Report of the Indian Hemp Drugs Commission, 1894-1895 - Volume VII
Year: 1894
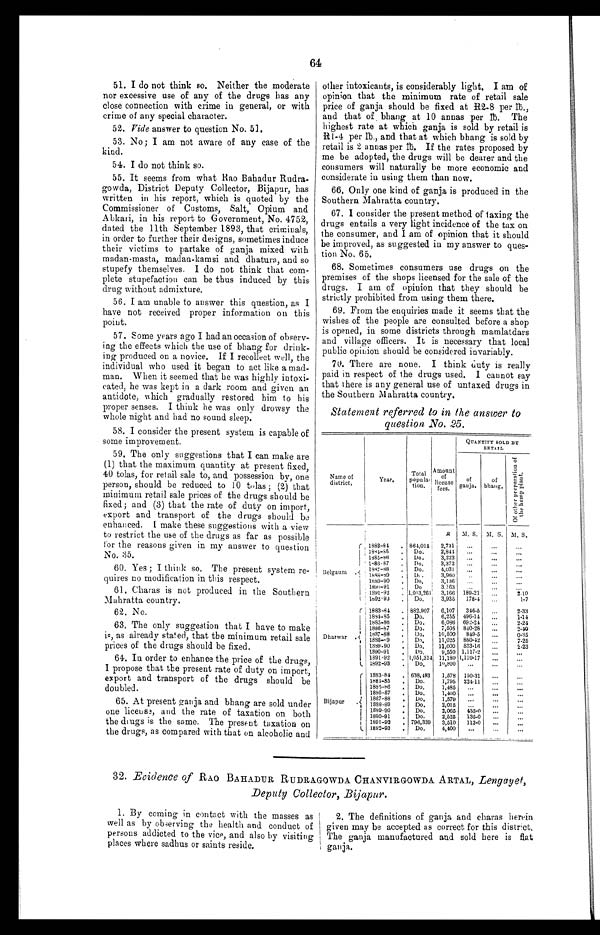
64
51. I do not think so. Neither the moderate
nor excessive use of any of the drugs has any
close connection with crime in general, or with
crime of any special character.
52. Vide answer to question No. 51,
53. No ; I am not aware of any case of the
kind.
54. I do not think so.
55. It seems from what Rao Bahadur Rudra--
gowda, District Deputy Collector, Bijapur, has
written in his report, which is quoted by the
Commissioner of Customs, Salt, Opium and
Abkari, in his report to Government, No. 4752,
dated the 11th September 1893, that criminals,
in order to further their de s igns, sometimes induce
their victims to partake of ganja mixed with
madan-masta, madan-kamsi and dhatura, and so
stupefy themselves. I do not think that com-
-plete stupefaction can be thus induced by this
drug without admixture.
56. I am unable to answer this question, as I
have not received proper information on this
point.
57. Some years ago I had an occasion of observ--
ing the effects which the use of bhang for drink--
ing produced on a novice. If I recollect well, the
individual who used it began to act like a mad--
man. When it seemed that he was highly intoxi--
cated, he was kept in a dark room and given an
antidote, which gradually restored him to his
proper senses. I think he was only drowsy the
whole night and had no sound sleep.
58. I consider the present system is capable of
some improvement.
59. The only suggestions that I can make are
(1) that the maximum quantity at present fixed,
40 tolas, for retail sale to, and possession by, one
person, should be reduced to 10 tolas ; (2) that
minimum retail sale prices of the drugs should be
fixed ; and (3) that the rate of duty on import,
export and transport of the drugs should be
enhanced. [ make t hese suggest i ons wi t h a vi ew
to restrict the use of the drugs as far as possible
for the reasons given in my answer to question
No. 35.
60. Yes ; I think so. The present system re--
quires no modification in this respect.
61. Charas is not produced in the Southern
Mahratta country.
62. No.
63. The only suggestion that I have to make
is, as already stated, that the minimum retail sale
prices of the drugs should be fixed.
64. In order to enhance the price of the drugs,
I propose that the present rate of duty on import,
export and transport of the drugs should be
doubled.
65. At present ganja and bhang are sold under
one license, and the rate of taxation on both
the drugs is the same. The present taxation on
the drugs, as compared with that on alcoholic and
other intoxicants, is considerably light. I am of
opinion that the minimum rate of retail sale
price of ganja should be fixed at R2-8 per lb.,
and that of bhang at 10 annas per lb. The
highest rate at which ganja is sold by retail is
R1-4 per lb., and that at which bhang is sold by
retail is 2 annas per lb. If the rates proposed by
me be adopted, the drugs will be dearer and the
consumers will naturally be more economic and
considerate in using them than now.
66. Only one kind of ganja is produced in the
Southern Mahratta country.
67. I consider the present method of taxing the
drugs entails a very light incidence of the tax on
the consumer, and I am of opinion that it should
be improved, as suggested in my answer to ques-
tion No. 65.
68. Sometimes consumers use drugs on the
premises of the shops licensed for the sale of the
drugs. I am of opinion that they should be
strictly prohibited from using them there.
60. From the enquiries made it seems that the
wishes of the people are consulted before a shop
is opened, in some districts through mamlatdars
and village officers. It is necessary that local
public opinion should be considered invariably.
70. There are none. I think duty is really
paid in respect of the drugs used. I cannot say
that there is any general use of untaxed drugs in
the Southern Mahratta country.
Statement referred to in the answer to
question No. 25.
QUANTITY SOLD BY
RETAIL
Name of
district,
Year,
Total
P°Pula-
tion.
Amount
of
license
fees.
a
au
gja.
of
bhang,`5
0
.0
i
-• m --
.' -' -,
7 8 ,.,'
Belgaurn
.
, 1883-84
,
1881-S5
.
1385-48
.
' 186-87
.
1447-48
.
! 1 .
483-49
s6, -,9
1489-90
.
1890-91
.
139L-92
.
' 1492-93
.
i
864,014 I
Do. ,
Do.
Do.
.
Do.
Do,
Do
'
1,013,261 1
Do.
I
R
2,731
2,844
3,223
3,372
4,03)
3 960
3,136
3.163
3,166
3,935
1. S.
...
...
...
...
. .,
.
...
.
189.21
178-4
s. s.
...
...
..,
•••
'" ...
..,
..,
m. s.
...
...
...
- ...
...
...
••
2 10
1-7
Dharwar . 'f
I 1883-84
.
1884-85
.
1885-86
.
1886-87
.
1437-88
.
1888-.9
.
1849-90
.
1390-91
.
1391-92
,
1892-93
.
I
882,907 i
Do.
Do.
Do.
Do.
Do,
Do.
Do.
1,051,314'
Do,
6, 7
6,255
6,086
7,505
10,500
11,095
11,000
9,550
11,180
10,800
346-5
496-14
692-24
810-28
849-5
880-42
833 . 16
1,117-2
1,110-17
...
..
...
...
...
.,,
...
.„
...
...
2-33
1-1.4
2-2.1
2-40
0-35
7-25
1-23
.
(
Bijapur
.
L
1883-81
,
1881-85
.
1885-46
.
1886-87
•
1887-88
.
1888-89
.
1849-90
.
1890-91
.
1891-92
.
1892-93
.
638,193
Do.
Do.
Do.
Do,
Do.
Do,
Do.
796,339
Do,
1,578
1,795
1,485
1,400
1,579
2,015
2,065
2,525
3,510
4,400
150-31
224-11
...
...
-
..
435-0
135-0
113.0
...
...
...
...
•••
..,
...
...
...
...
-
...
...
...
-
...
32. Evidence of RAO BAHADUR RUDRAGOWDA CHANVIRGOWDA ARTAL, Lengayet,
Deputy Collector, Bijapur.
1. By coming in contact with the masses as
well as by observing the health and conduct of
persons addicted to the vice , and also by visiting
places where sadhus or saints reside.
2. The definitions of ganja and charas herein
given may be accepted as correct for this district.
The ganja manufactured and sold here is flat
ganja.